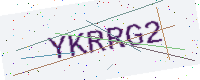
Text: YKRRG2